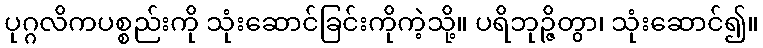
ပုဂ္ဂလိကပစ္စည်းကို သုံးဆောင်ခြင်းကိုကဲ့သို့။ ပရိဘုဉ္ဇိတွာ၊ သုံးဆောင်၍။